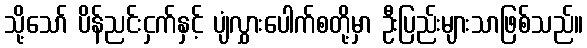
သို့သော် ပိန်ညင်းငှက်နှင့် ပျံလွှားပေါက်စတို့မှာ ဦးပြည်းများသာဖြစ်သည်။